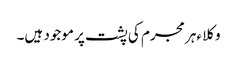
وکلا ءہر مجرم کی پشت پر موجود ہیں۔